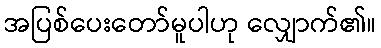
အပြစ်ပေးတော်မူပါဟု လျှောက်၏။